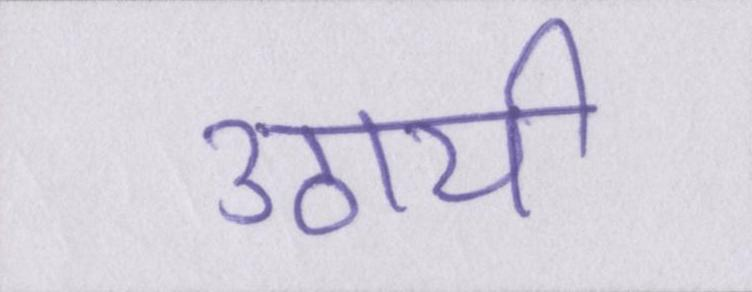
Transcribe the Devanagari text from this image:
उठायी